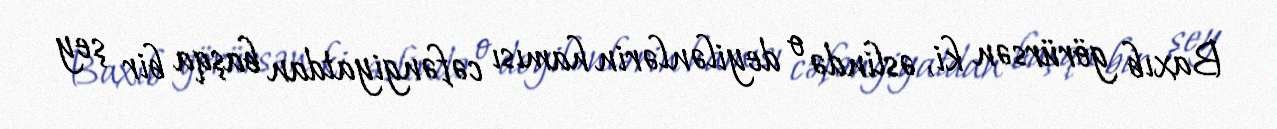
Baxıb görürsən ki, əslində o deyilənlərin hamısı cəfəngiyatdan başqa bir şey